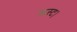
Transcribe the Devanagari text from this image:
क्रस्ट।